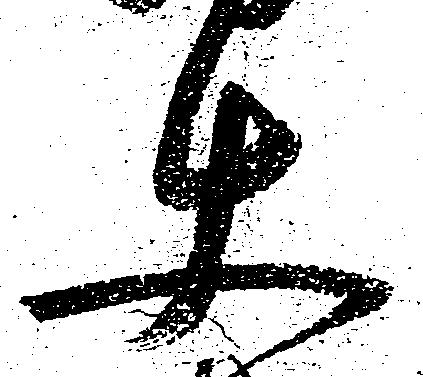
使